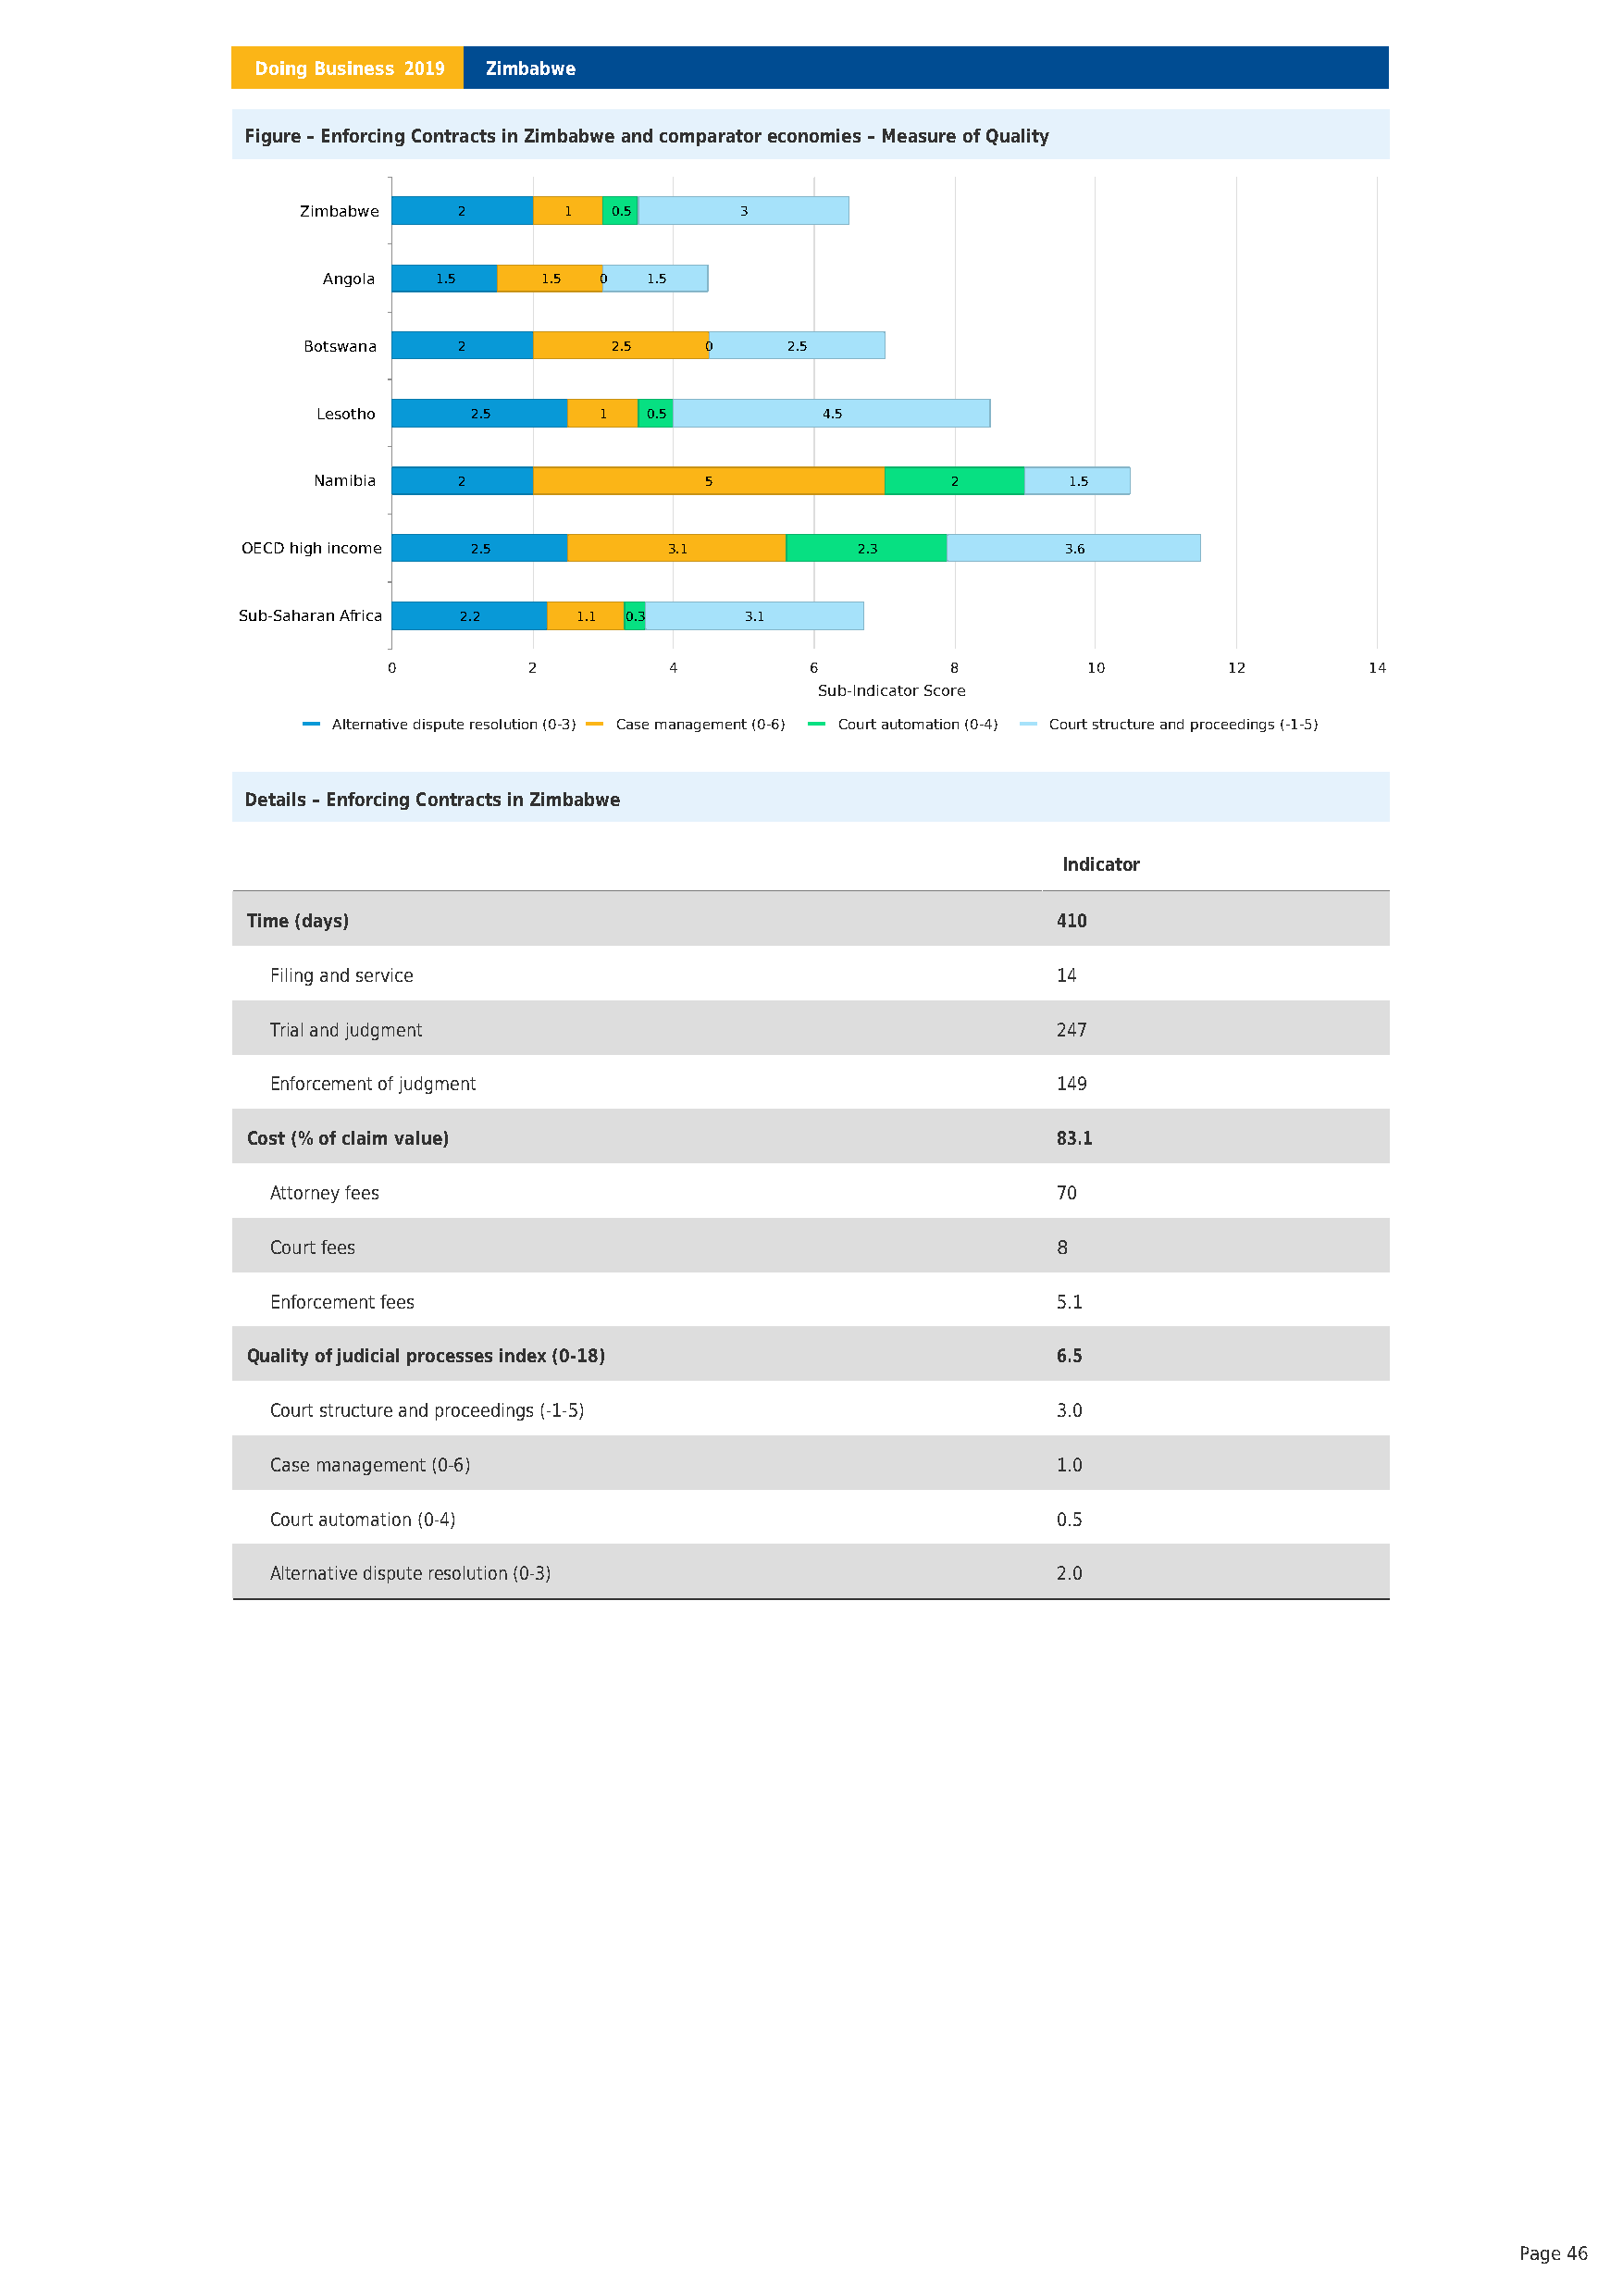
Doing Business 2019 Zimbabwe
 Figure – Enforcing Contracts in Zimbabwe and comparator economies – Measure of Quality
 Zimbabwe    2      1   0.5      3
 Angola  1.5     1.5 0  1.5
 Botswana   2          2.5   0     2.5
 Lesotho    2.5      1  0.5          4.5
 Namibia    2                5                 2       1.5
 OECD high income 2.5           3.1          2.3            3.6
 Sub-Saharan Africa 2.2  1.1 0.3     3.1
 0         2         4         6         8         10        12        14
 Sub-Indicator Score
 Alternative dispute resolution (0-3) Case management (0-6) Court automation (0-4) Court structure and proceedings (-1-5)
 Details – Enforcing Contracts in Zimbabwe
 Indicator
 Time (days)                                               410
 Filing and service                                       14
 Trial and judgment                                       247
 Enforcement of judgment                                  149
 Cost (% of claim value)                                   83.1
 Attorney fees                                            70
 Court fees                                               8
 Enforcement fees                                         5.1
 Quality of judicial processes index (0-18)                6.5
 Court structure and proceedings (-1-5)                   3.0
 Case management (0-6)                                    1.0
 Court automation (0-4)                                   0.5
 Alternative dispute resolution (0-3)                     2.0
 Page 46